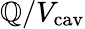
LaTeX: \mathbb{Q}/V_{\mathrm{{cav}}}